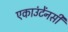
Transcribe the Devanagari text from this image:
एकाउंटेंनसी